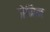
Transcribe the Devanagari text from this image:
जेमिन